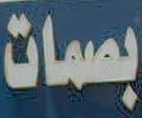
بصمات